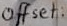
Text: Offset